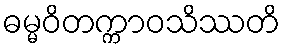
ဓမ္မဝိတက္ကာဝသိဿတိ